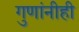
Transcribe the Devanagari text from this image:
गुणांनीही